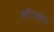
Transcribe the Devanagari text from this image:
खोरबहरा